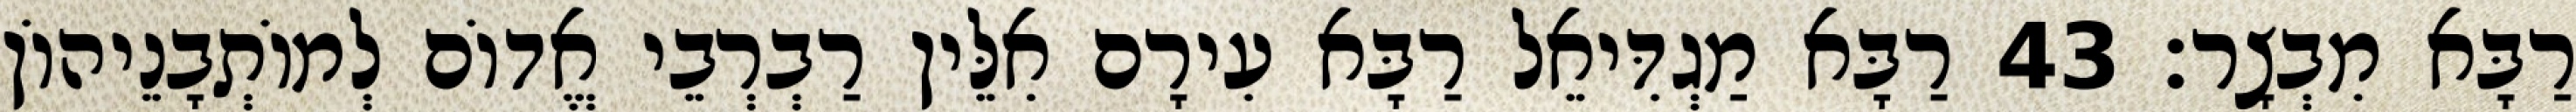
רַבָּא מִבְצָר׃ 43 רַבָּא מַגְדִּיאֵל רַבָּא עִירָם אִלֵּין רַבְרְבֵי אֱדוֹם לְמוֹתְבָנֵיהוֹן